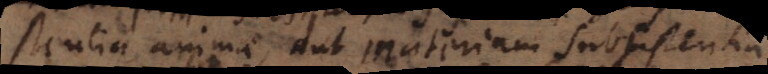
subsistentia animae, aut materiam subsistentia